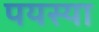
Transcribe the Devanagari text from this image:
पयस्या